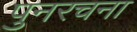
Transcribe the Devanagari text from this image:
पुनरचना